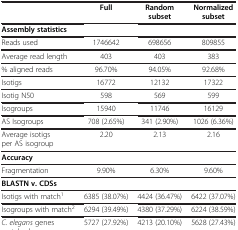
|  | Full | Random subset | Normalized subset |
 | --- | --- | --- | --- |
 | Assembly statistics |  |  |  |
 | Reads used | 1746642 | 698656 | 809855 |
 | Average read length | 403 | 403 | 383 |
 | % aligned reads | 96.70% | 94.05% | 92.68% |
 | Isotigs | 16772 | 12132 | 17322 |
 | Isotig N50 | 598 | 569 | 599 |
 | Isogroups | 15940 | 11746 | 16129 |
 | AS Isogroups | 708 (2.65%) | 341 (2.90%) | 1026 (6.36%) |
 | Average isotigs per AS isogroup | 2.20 | 2.13 | 2.16 |
 | Accuracy |  |  |  |
 | Fragmentation | 9.90% | 6.30% | 9.60% |
 | BLASTN v. CDSs |  |  |  |
 | Isotigs with match1 | 6385 (38.07%) | 4424 (36.47%) | 6422 (37.07%) |
 | Isogroups with match2 | 6294 (39.49%) | 4380 (37.29%) | 6224 (38.59%) |
 | C. elegans genes matched | 5727 (27.92%) | 4213 (20.10%) | 5628 (27.43%) |